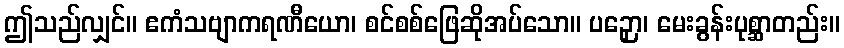
ဤသည်လျှင်။ ဧကံသဗျာကရဏီယော၊ စင်စစ်ဖြေဆိုအပ်သော။ ပဉှော၊ မေးခွန်းပုစ္ဆာတည်း။